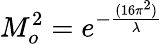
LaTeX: M_{o}^{2}=e^{-{\frac{(16\pi^{2})}{\lambda}}}